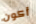
أكون